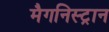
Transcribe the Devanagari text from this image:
मैगनिस्ट्रान